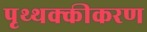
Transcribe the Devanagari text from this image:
पृथ्थक्कीकरण